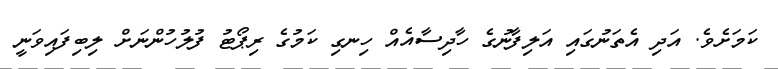
ކަމަށެވެ. އަދި އެތަނުގައި އަލިފާނުގެ ހާދިިސާއެއް ހިނގި ކަމުގެ ރިޕޯޓު ފުލުހުންނަށް ލިބިފައިވަނީ